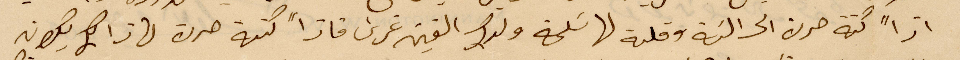
ازًا كفة حرن الى النية وقلة لها تسلخه ولدك الفين غرش كنهة حرك لها ذالك يكون